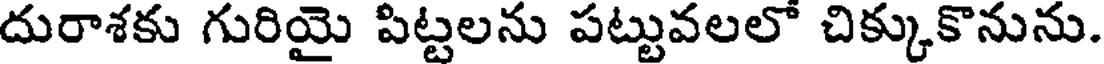
దురాశకు గురియై పిట్టలను పట్టువలలో చిక్కుకొనును.